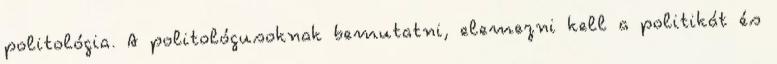
politológia. A politológusoknak bemutatni, elemezni kell a politikát és